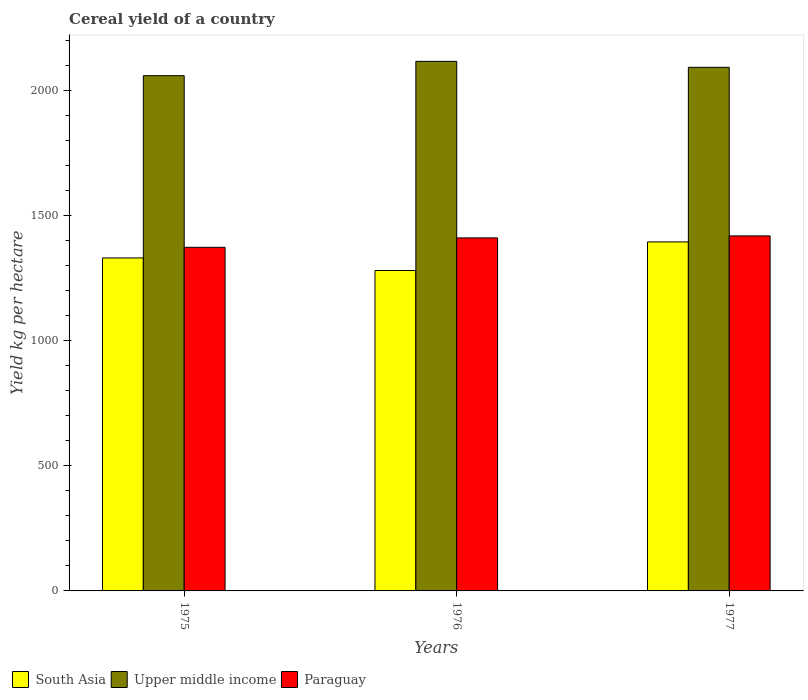
| Years | South Asia | Upper middle income | Paraguay |
 | --- | --- | --- | --- |
 | 1975 | 1.33e+03 | 2.06e+03 | 1.37e+03 |
 | 1976 | 1.28e+03 | 2.12e+03 | 1.41e+03 |
 | 1977 | 1.39e+03 | 2.09e+03 | 1.42e+03 |